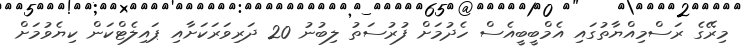
މިރޭގެ ރަސްމިއްޔާތުގައި އެމްބީބީއެސް ހެދުމަށް ފުރުސަތު ލިބުނު 20 ދަރިވަރަކަށާއި ޕައިލެޓްކަން ކިޔެވުމަށް